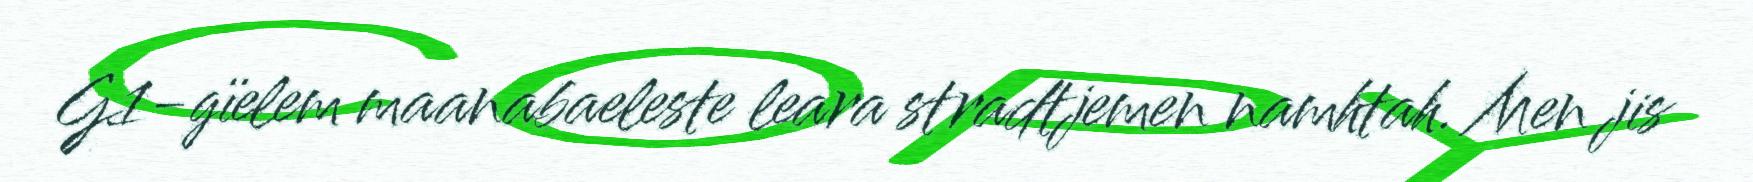
G1-gïelem maanabaeleste leara stradtjemen namhtah. Men jis